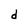
Character: d